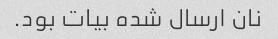
نان ارسال شده بیات بود.